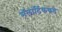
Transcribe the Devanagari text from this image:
मॅलार्टिककडे